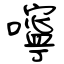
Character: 嚀